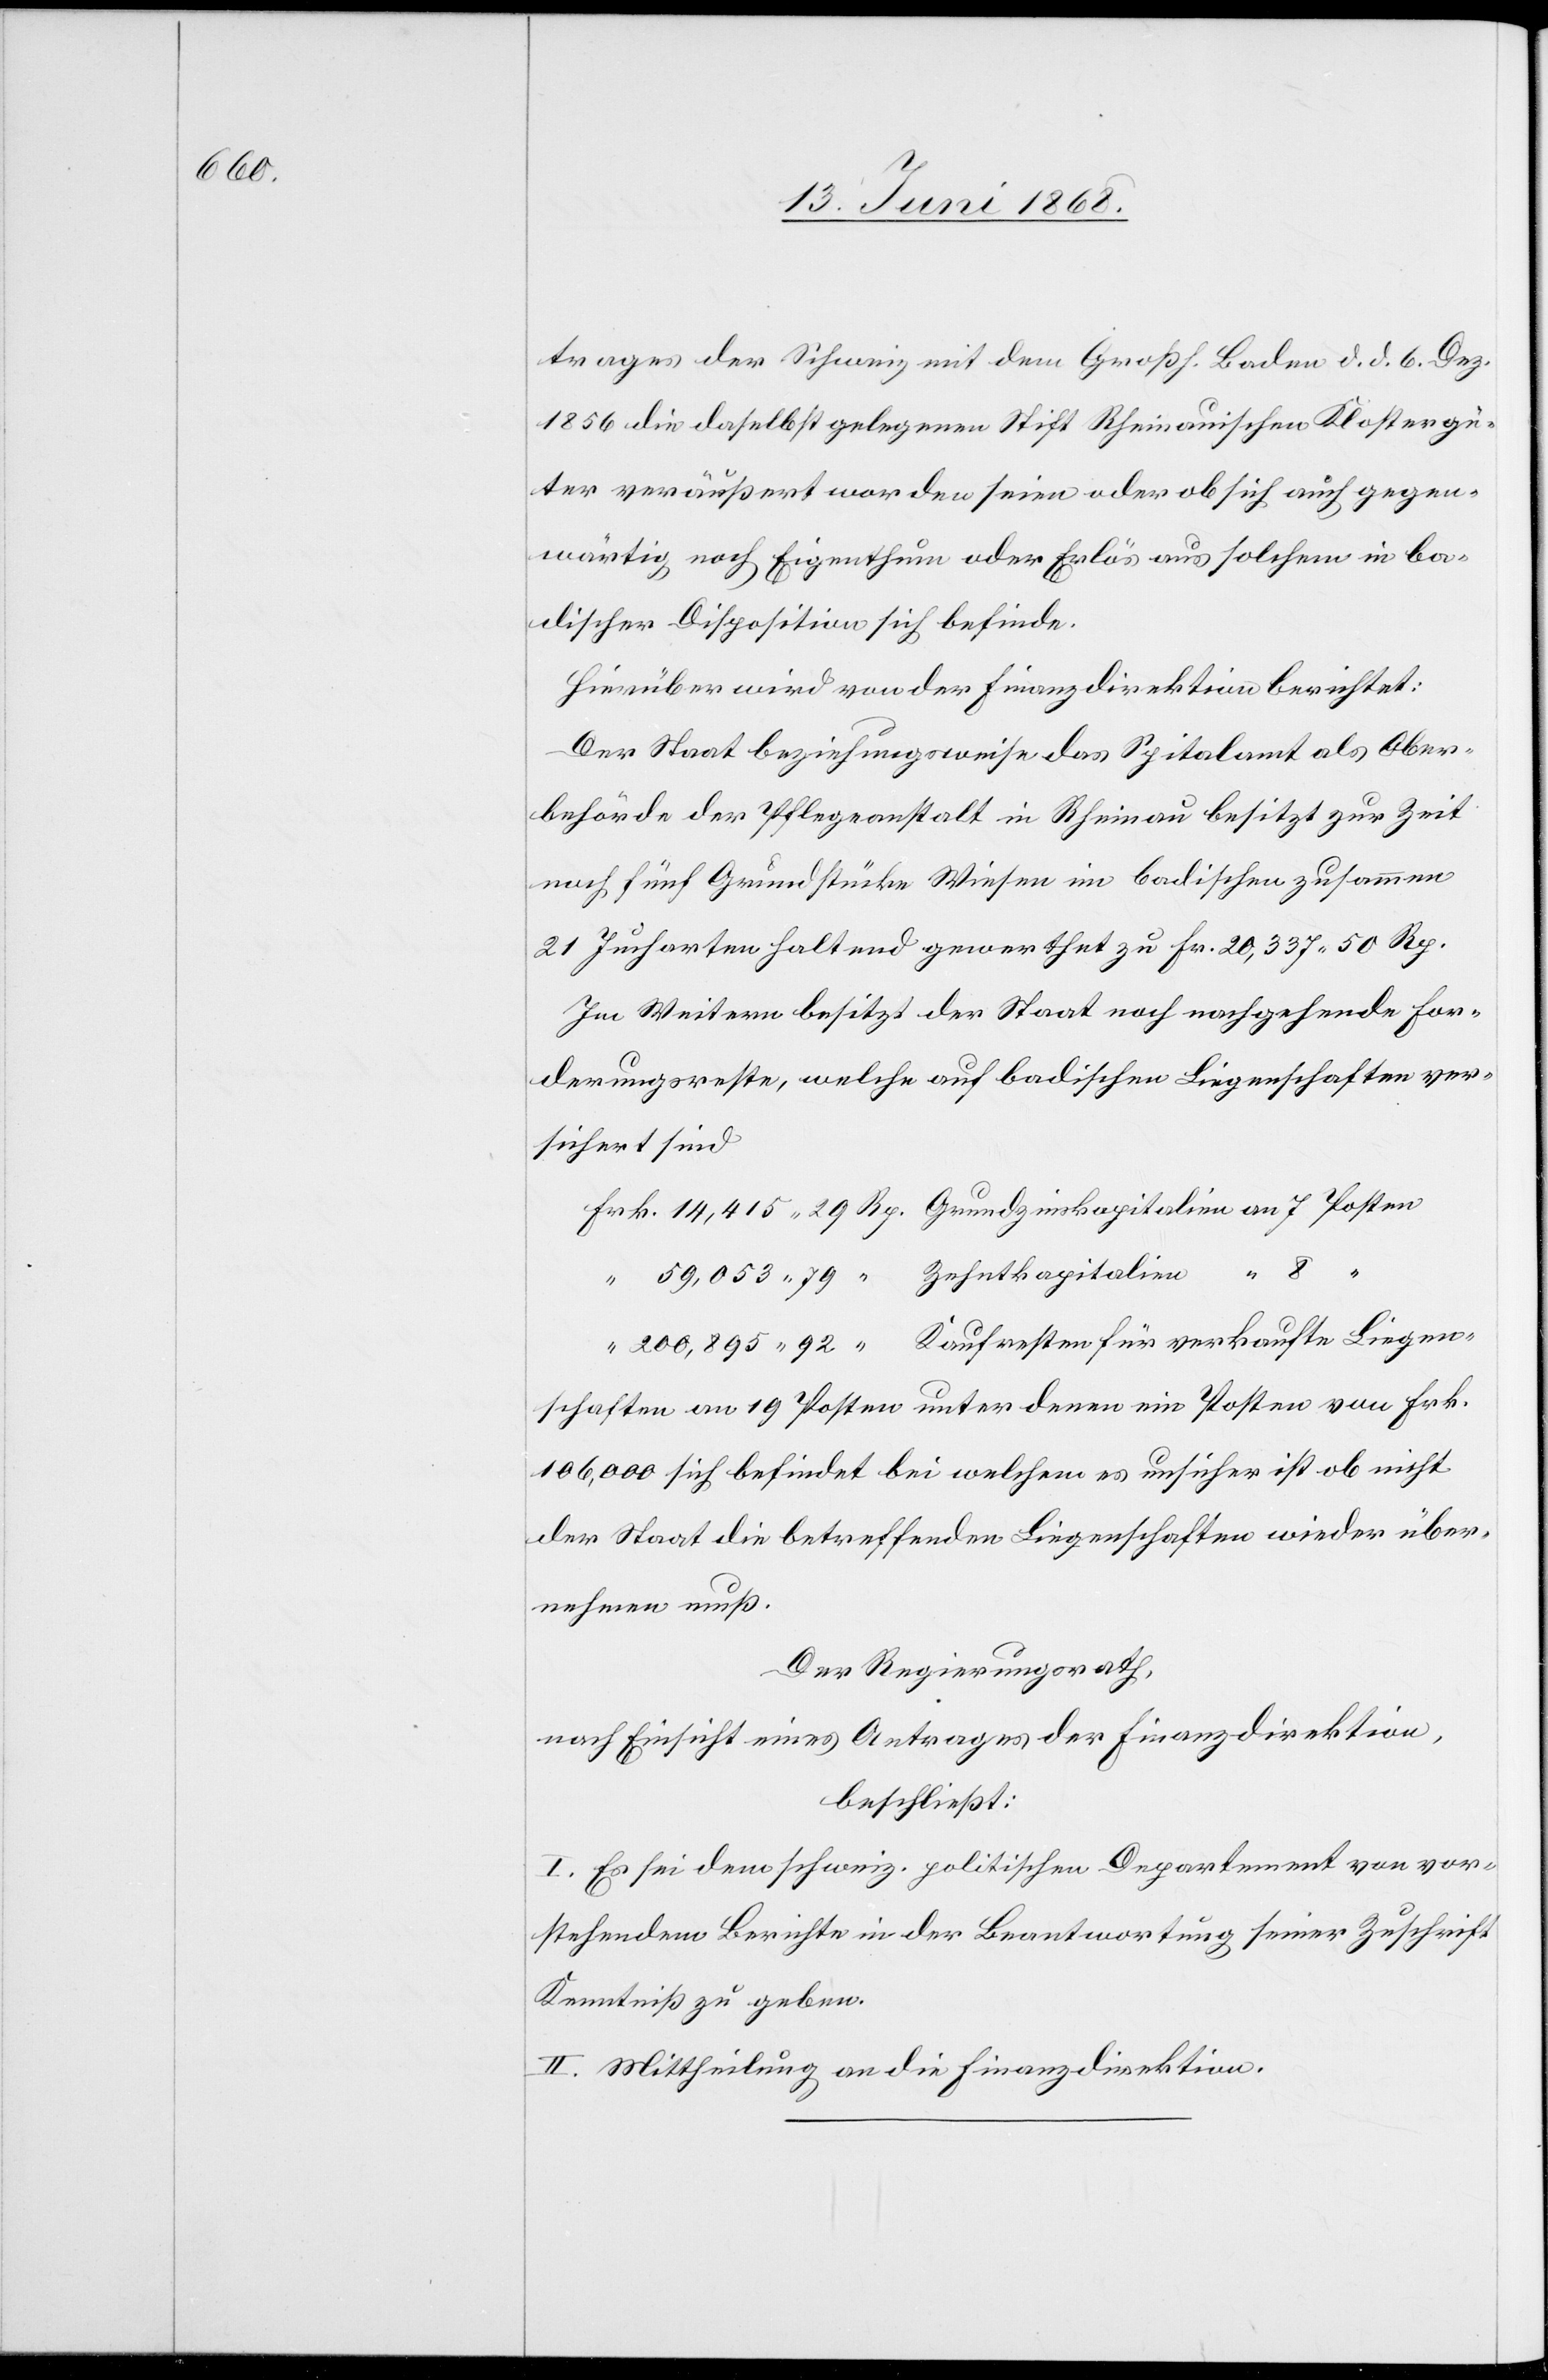
trages der Schweiz mit dem Großh. Baden d. d. 6. Dez.
1856 die daselbst gelegenen Stift Rheinauischen Klostergü¬
ter veräußert worden seien oder ob sich auch gegen¬
wärtig noch Eigenthum oder Erlös aus solchem in ba¬
discher Disposition sich [sic!] befinde.
Hierüber wird von der Finanzdirektion berichtet:
Der Staat beziehungsweise das Spitalamt als Ober¬
behörde der Pflegeanstalt in Rheinau besitzt zur Zeit
noch fünf Grundstücke Wiesen im badischen zusammen
21 Jucharten haltend gewerthet zu Fr. 20,337. 50 Rp.
Im Weitern besitzt der Staat noch nachgehende For¬
derungsreste, welche auf badischen Liegenschaften ver¬
sichert sind
Frk. 14,415. 29 Rp. Grundzinskapitalien an 7 Posten
“ 59,053. 79 “ Zehntkapitalien “ 8
“ 200,895. 92 “ Kaufresten für verkaufte Liegen¬
schaften an 19 Posten unter denen ein Posten von Frk.
106,000 sich befindet bei welchem es unsicher ist ob nicht
der Staat die betreffenden Liegenschaften wieder über¬
nehmen muß.
Der Regierungsrath,
nach Einsicht eines Antrages der Finanzdirektion,
beschließt:
I. Es sei dem schweiz. politischen Departement von vor¬
stehendem Berichte in der Beantwortung seiner Zuschrift
Kenntniß zu geben.
II. Mittheilung an die Finanzdirektion.